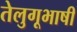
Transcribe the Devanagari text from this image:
तेलुगूभाषी